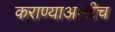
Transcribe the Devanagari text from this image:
कराण्याआधीच